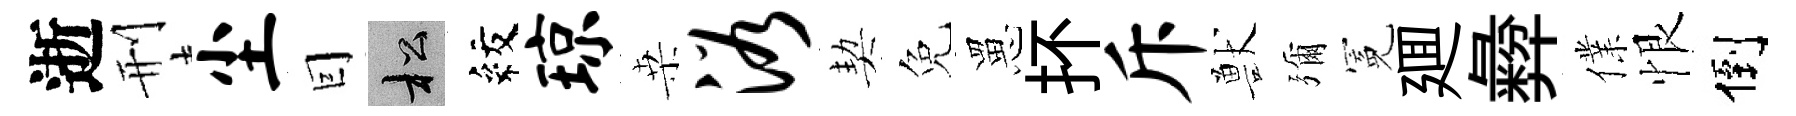
逝刑尘囙松紋琼桒浴契免罳抔斥獸彌冕廽彜㒒恨倒